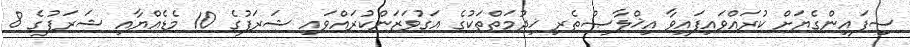
ސިފައިންގެޔަށް ކުރައްވައިފައިވާ އިޚްލާޞްތެރި ޚިދުމަތްތަކުގެ އަގުވަޒަންކުރައްވައި ޝަރަފުގެ 10 މެޑެއްޔާއި ޝަރަފުގެ 8